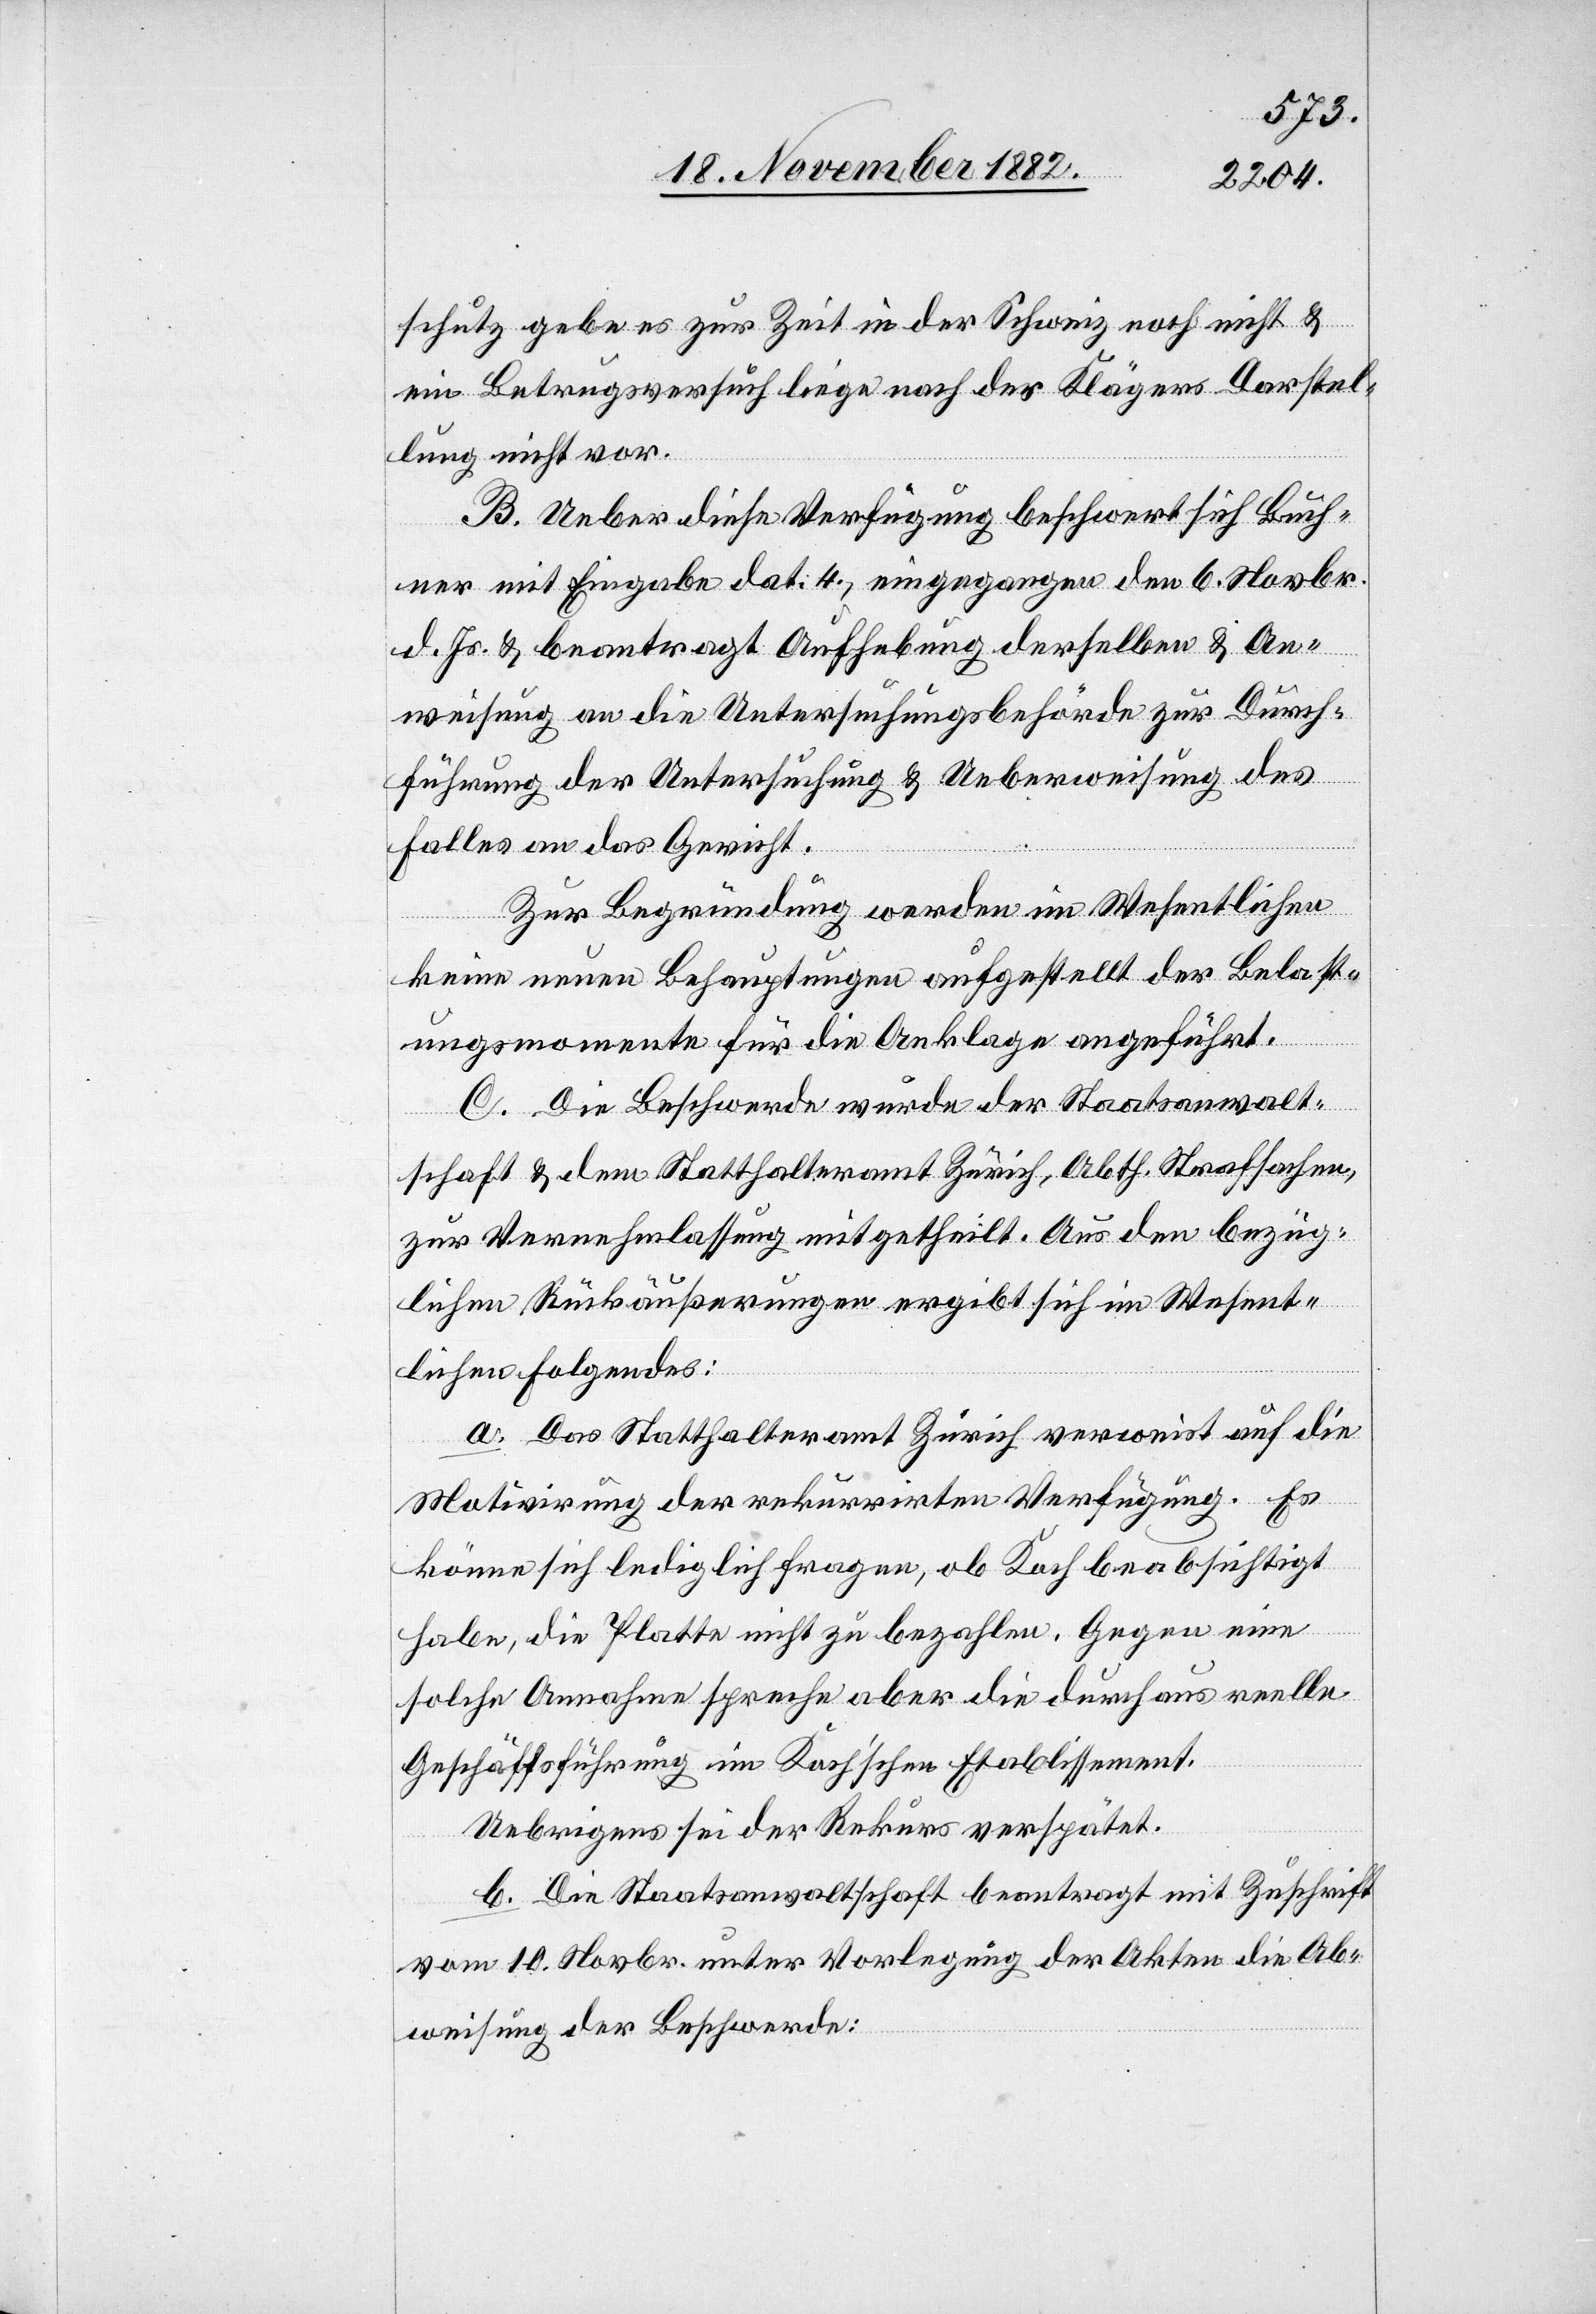
schutz gebe es zur Zeit in der Schweiz noch nicht &
ein Betrugsversuch liege nach des Klägers Darstel¬
lung nicht vor.
B. Ueber diese Verfügung beschwert sich Buch¬
ner mit Eingabe dat. 4, eingegangen den 6. Novbr.
d. Js. & beantragt Aufhebung derselben & An¬
weisung an die Untersuchungsbehörde zur Durch¬
führung der Untersuchung & Ueberweisung des
Falles an das Gericht.
Zur Begründung werden im Wesentlichen
keine neuen Behauptungen aufgestellt der Belast¬
ungsmomente für die Anklage angeführt
C. Die Beschwerde wurde der Staatsanwalt¬
schaft & dem Statthalteramt Zürich, Abth. Strafsachen
zur Vernehmlassung mitgetheilt. Aus den bezüg¬
lichen Rückäußerungen ergibt sich im Wesent¬
lichen Folgendes:
a. Das Statthalteramt Zürich verweist auf die
Motivirung der rekurrirten Verfügung. Es
könne sich lediglich fragen, ob Koch beabsichtigt
habe, die Platte nicht zu bezahlen. Gegen eine
solche Annahme spreche aber die durchaus reelle
Geschäftsführung im Koch’schen Etablissement.
Uebrigens sei der Rekurs verspätet.
b. Die Staatsanwaltschaft beantragt mit Zuschrift
vom 10. Novbr. unter Vorlegung der Akten die Ab¬
weisung der Beschwerde: